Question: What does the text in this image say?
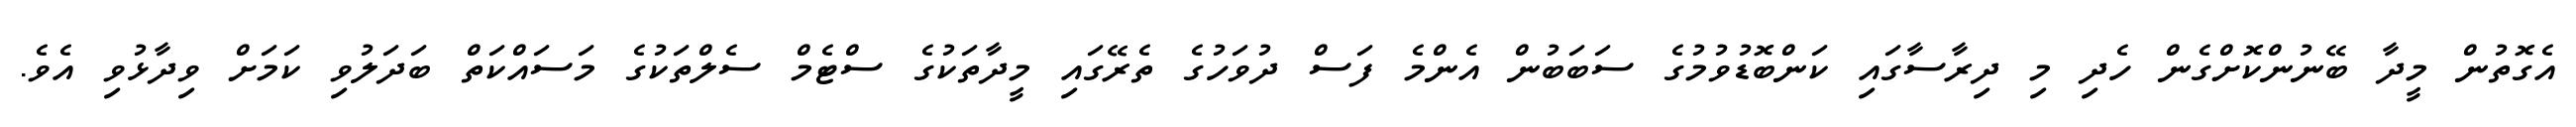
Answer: އެގޮތުން މީދާ ބޭނުންކޮށްގެން ހެދި މި ދިރާސާގައި ކަންބޮޑުވުމުގެ ސަބަބުން އެންމެ ފަސް ދުވަހުގެ ތެރޭގައި މީދާތަކުގެ ސްޓެމް ސެލްތަކުގެ މަސައްކަތް ބަދަލުވި ކަމަށް ވިދާޅުވި އެވެ.